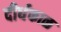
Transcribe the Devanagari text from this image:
दीर्धकाळ